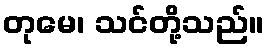
တုမေ၊ သင်တို့သည်။